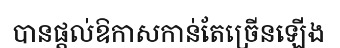
បានផ្តល់ឱកាសកាន់តែច្រើនឡើង